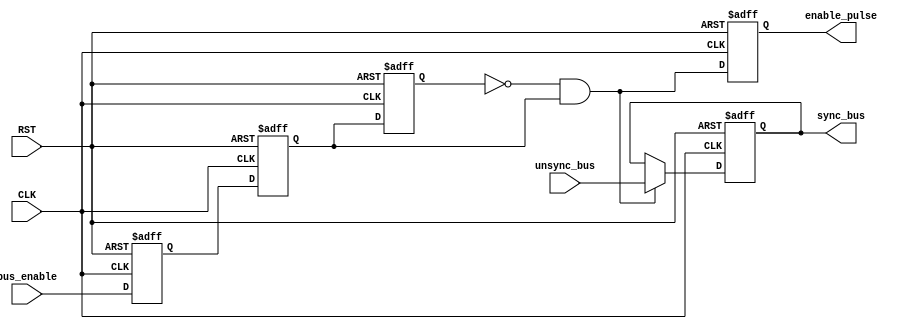
module DATA_SYNC #(parameter BUS = 8)
				(
					input wire[BUS-1:0] unsync_bus,
					input wire bus_enable,
					input wire CLK,
					input wire RST,
					///////////////
					output reg[BUS-1:0] sync_bus,
					output reg enable_pulse
				);
reg enable,ex_enable,exx_en;
wire internal_en;
always @(posedge CLK or negedge RST) begin
	if(!RST) begin
		sync_bus <= {BUS{1'b0}};
		//enable_pulse <= 1'b0;
	end
	else if(internal_en) begin
		sync_bus <= unsync_bus;
		//enable_pulse <= internal_en;
	end
end
always @(posedge CLK or negedge RST) begin
	if(!RST) begin
		enable <= 1'b0;
		ex_enable <= 1'b0;
		exx_en <= 1'b0;
		enable_pulse <= 1'b0;
	end
	else begin
		{exx_en,ex_enable,enable} <= {ex_enable,enable,bus_enable};
		enable_pulse <= internal_en;
	end
end

assign internal_en = !exx_en & ex_enable;
endmodule